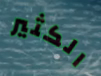
الكثير